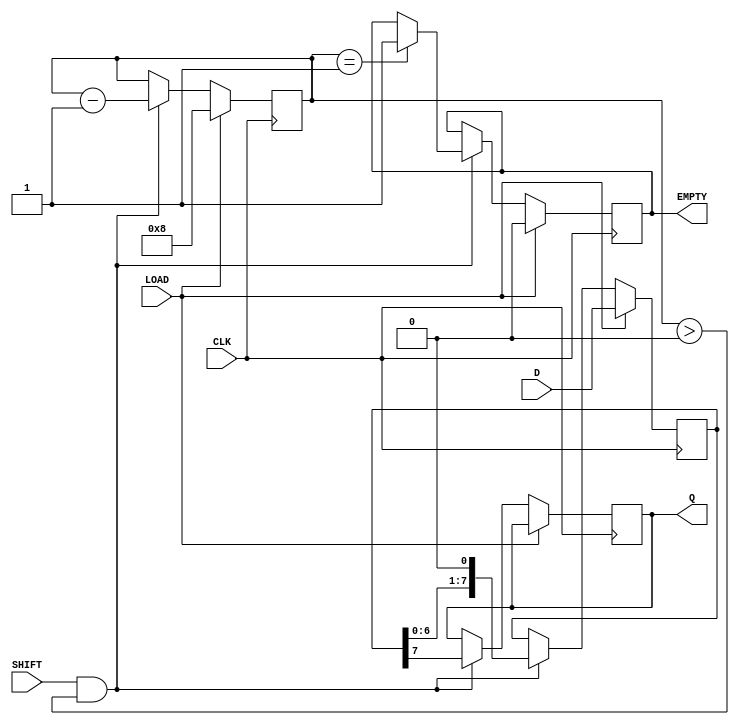
module PISO_Register #(
    parameter WIDTH = 8    // Define the width of the parallel input
)(
    input wire [WIDTH-1:0] D,      // Parallel data inputs
    input wire CLK,                 // Clock signal
    input wire LOAD,                // Load enable signal
    input wire SHIFT,               // Shift enable signal
    output reg Q,                   // Serial output
    output reg EMPTY                // Empty indicator
);

    reg [WIDTH-1:0] shift_reg;      // Shift register to hold the data
    reg [3:0] bit_count;             // Counter to track the number of bits shifted out

    always @(posedge CLK) begin
        if (LOAD) begin
            // Load data from parallel input to shift register
            shift_reg <= D;
            bit_count <= WIDTH;      // Reset bit count to the width
            EMPTY <= 0;              // Register is not empty after loading
        end else if (SHIFT && bit_count > 0) begin
            // Shift data out serially
            Q <= shift_reg[WIDTH - 1]; // Output the MSB
            shift_reg <= {shift_reg[WIDTH-2:0], 1'b0}; // Shift left
            bit_count <= bit_count - 1;  // Decrement the bit counter
            
            // Update EMPTY signal
            if (bit_count == 1) begin
                EMPTY <= 1;          // Set EMPTY when the last bit is shifted out
            end
        end
    end
    
    // Default state for Q and EMPTY
    initial begin
        Q = 0;
        EMPTY = 1; // Start as empty
    end

endmodule